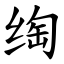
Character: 绹